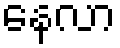
နေလာ